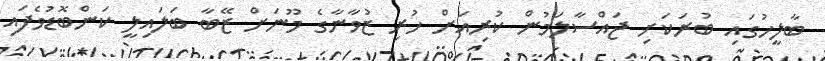
ބާލީހުގައި ބުރަކަށި ޖައްސާލަމުން ކުރިއަށް ހުރި ޒުވާނާގެ މޫނަށް ޒޭބާ ބަލައިލީ ކަންބޮޑުވެފައި